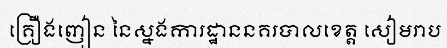
គ្រឿងញៀន នៃស្នងការដ្ឋាននគរបាលខេត្ត សៀមរាប